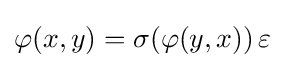
\varphi (x,y)=\sigma (\varphi (y,x))\,\varepsilon